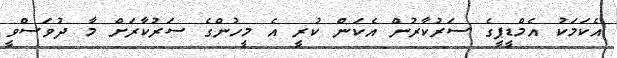
އެކަމަކު އެމްޑީޕީގެ ސަރުކާރުން އެކަން ކުރީ އެ މީހުންގެ ސަރުކާރަށް މާ ދުވަސްވީ